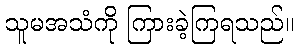
သူမအသံကို ကြားခဲ့ကြရသည်။